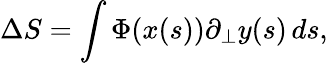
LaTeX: \Delta S=\int\Phi(x(s))\partial_{\bot}y(s)\, ds,